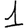
Digit: 1